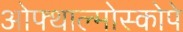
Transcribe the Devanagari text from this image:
ओफ्थाल्मोस्कोपे